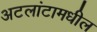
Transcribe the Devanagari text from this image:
अटलांटामधील